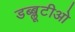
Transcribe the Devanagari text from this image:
डब्ब्लूटीओ